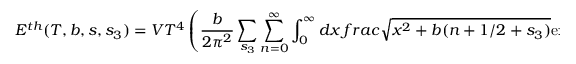
E ^ { t h } ( T , b , s , s _ { 3 } ) = V T ^ { 4 } \left( \frac { b } { 2 \pi ^ { 2 } } \sum _ { s _ { 3 } } \sum _ { n = 0 } ^ { \infty } \int _ { 0 } ^ { \infty } d x \, f r a c { \sqrt { x ^ { 2 } + b ( n + 1 / 2 + s _ { 3 } ) } } { \exp \left( \sqrt { x ^ { 2 } + b ( n + 1 / 2 + s _ { 3 } ) } \right) - ( - 1 ) ^ { 2 s } } \right) ,